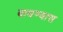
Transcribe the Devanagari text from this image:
बाधण्यास